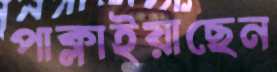
পাক্‌লাইয়াছেন